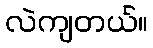
လဲကျတယ်။